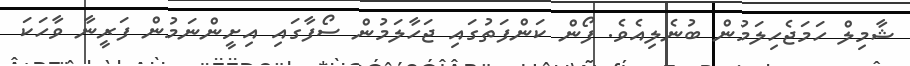
ޝާމިލް ހަމަޖެހިލަމުން ބުނެލިއެވެ. ފޯން ކަންފަތުގައި ޖަހާލަމުން ސޯފާގައި އިށީންނަމުން ފަރީނާ ވާހަކަ